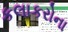
કલાકરોના